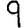
Digit: 9